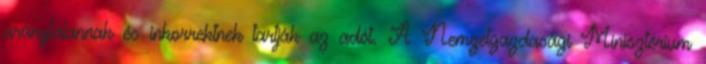
aránytalannak és inkorrektnek tartják az adót. A Nemzetgazdasági Minisztérium